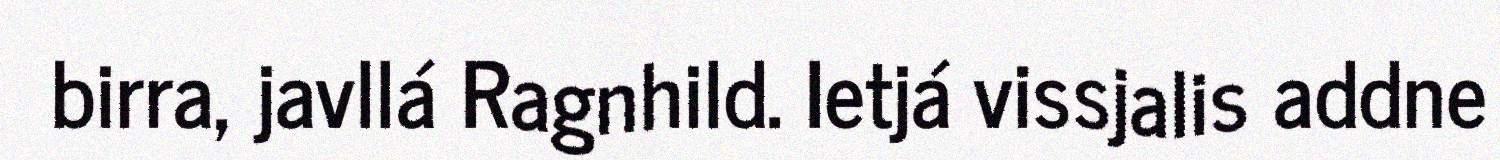
birra, javllá Ragnhild. Ietjá vissjalis addne